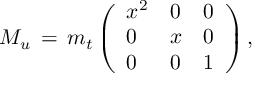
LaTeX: M _ { u } \, = \, m _ { t } \left( \begin{array} { l l l } { { x ^ { 2 } } } & { { 0 } } & { { 0 } } \\ { { 0 } } & { { x } } & { { 0 } } \\ { { 0 } } & { { 0 } } & { { 1 } } \end{array} \right) ,